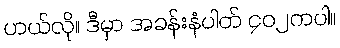
ဟယ်လို။ ဒီမှာ အခန်းနံပါတ် ၄၀၂ကပါ။